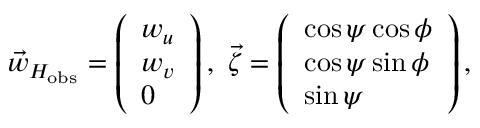
\vec { w } _ { H _ { \mathrm { o b s } } } = \left( \begin{array} { l } { w _ { u } } \\ { w _ { v } } \\ { 0 } \end{array} \right) , \ \vec { \zeta } = \left( \begin{array} { l } { \cos \psi \cos \phi } \\ { \cos \psi \sin \phi } \\ { \sin \psi } \end{array} \right) ,